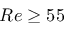
R e \ge 5 5